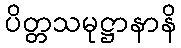
ပိတ္တသမုဋ္ဌာနာနိ